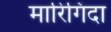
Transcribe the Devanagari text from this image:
मारिगिंदा